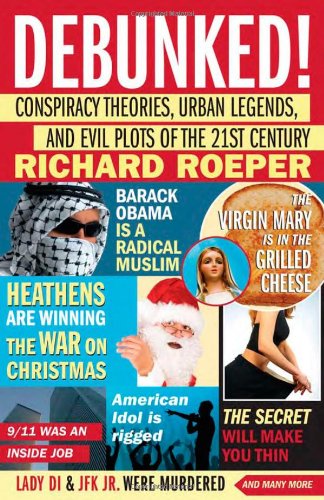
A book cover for Debunked!: Conspiracy Theories, Urban Legends, and Evil Plots of the 21st Century; Richard Roeper; Humor & Entertainment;